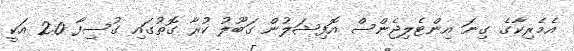
އެމެރިކާގެ ގިނަ އިންޓެލިޖެންސް އޮފިޝަލުން ގަބޫލު ކުރާ ގޮތުގައި ގުސިފާ 2.0 އަކީ